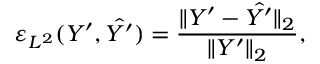
\varepsilon _ { L ^ { 2 } } ( Y ^ { \prime } , \hat { Y ^ { \prime } } ) = \frac { \| Y ^ { \prime } - \hat { Y ^ { \prime } } \| _ { 2 } } { \| Y ^ { \prime } \| _ { 2 } } ,